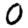
Digit: 0